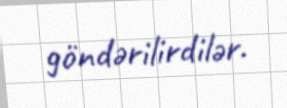
göndərilirdilər.